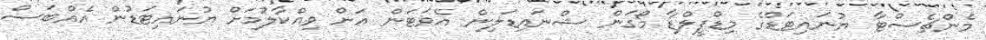
މެންޗެސްޓާ ޔުނައިޓަޑްގެ މިޑްފީލްޑާ މޯގަން ޝްނައިޑަލިން އެވަޓަން އަށް ވިއްކާލުމަށް ޔުނައިޓަޑުން އެއްބަސް